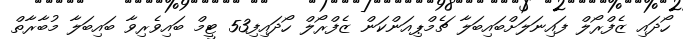
ހޯދައި ޒެފްރޯލް ފައިނަލަށްބައިބަލާ ޗެމްޕިއަންކަން ޒެފްރޯލް ހޯދައިފި53 ޓީމް ބައިވެރިވާ ބައިބަލާ މުބާރާތް